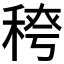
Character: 𮃈